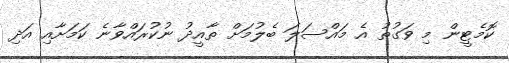
ކޮމެޓީން މި ވަގުތު އެ މައްސަލަ ބެލުމަށް ތާއީދު ނުކުރައްވާނެ ކަމަށާއި އަދި